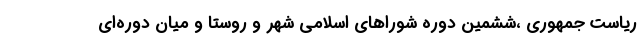
ریاست جمهوری ،ششمین دوره شوراهای اسلامی شهر و روستا و میان دوره‌ای